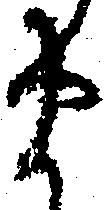
ま